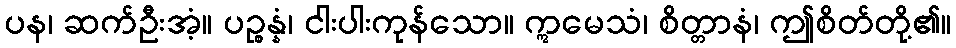
ပန၊ ဆက်ဦးအံ့။ ပဉ္စန္နံ၊ ငါးပါးကုန်သော။ ဣမေသံ၊ စိတ္တာနံ၊ ဤစိတ်တို့၏။